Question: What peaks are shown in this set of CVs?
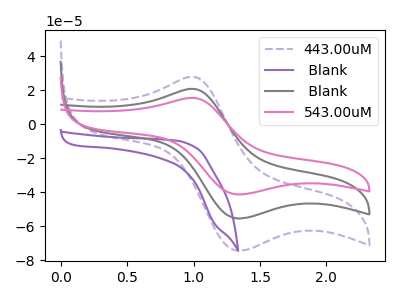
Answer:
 <answer>The purple dashed curve "443.00uM" has an anodic peak at (1.00V, 27.90uA) and a cathodic peak at (1.35V, -74.35uA). The purple curve " Blank" has no peaks. The gray curve " Blank" has an anodic peak at (1.00V, 20.80uA) and a cathodic peak at (1.35V, -55.40uA). The pink curve "543.00uM" has an anodic peak at (1.00V, 41.55uA) and a cathodic peak at (1.35V, -110.80uA).</answer>
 <eval></eval>